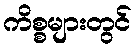
ကိစ္စများတွင်